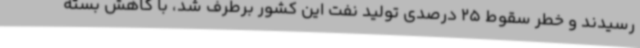
رسیدند و خطر سقوط 25 درصدی تولید نفت این کشور برطرف شد، با کاهش بسته